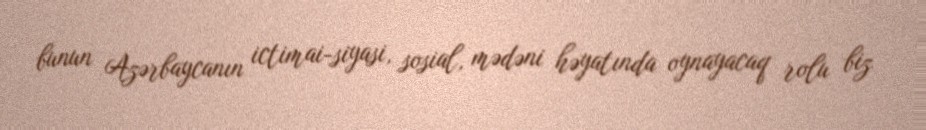
bunun Azərbaycanın ictimai-siyasi, sosial, mədəni həyatında oynayacaq rolu biz